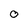
Character: 0